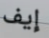
إيف